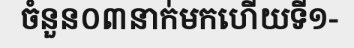
ចំនួន០៣នាក់មកហើយទី១-